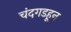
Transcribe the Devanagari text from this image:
चंदगडहून